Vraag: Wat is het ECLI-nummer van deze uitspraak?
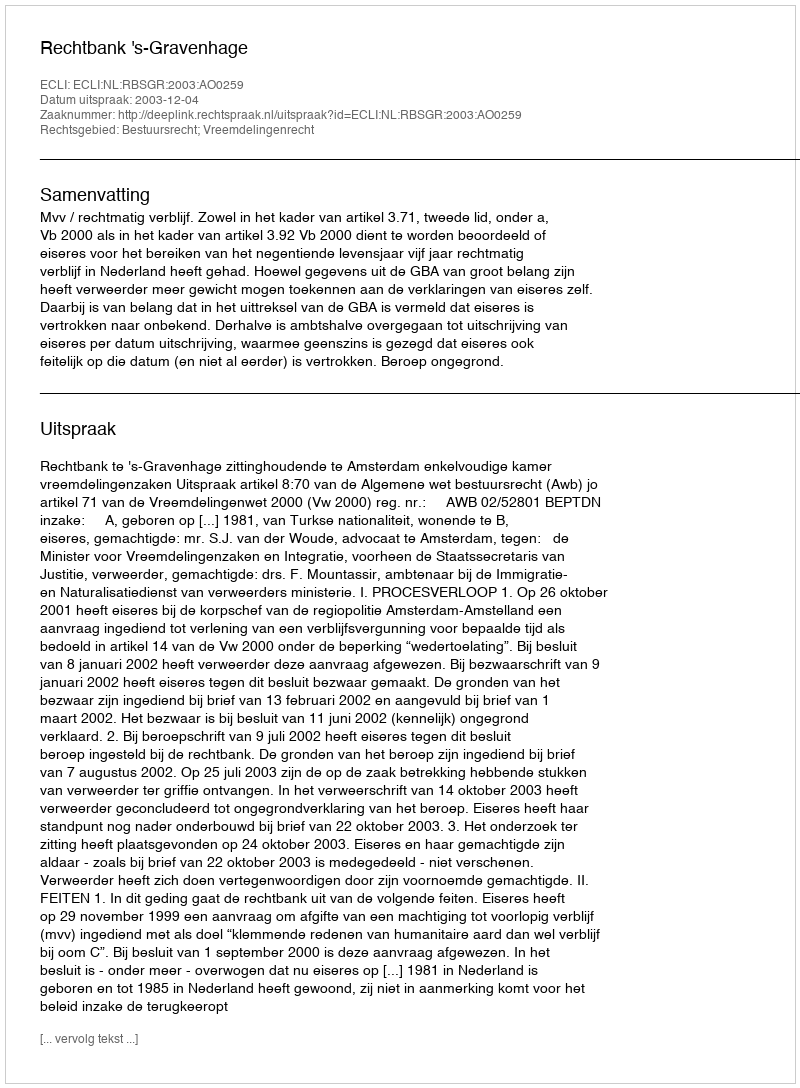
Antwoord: ECLI:NL:RBSGR:2003:AO0259